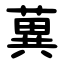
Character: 䔬